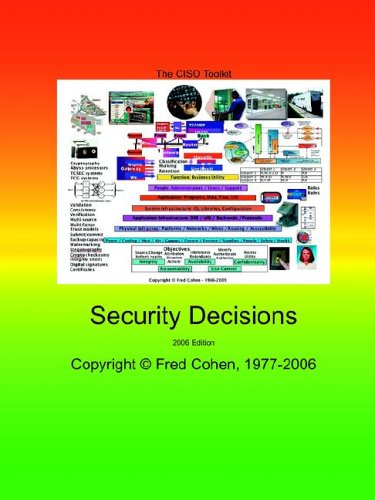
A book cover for The CISO Toolkit  - Security Decisions - 2006; Fred Cohen; Computers & Technology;